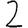
Digit: 2